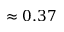
\approx 0 . 3 7